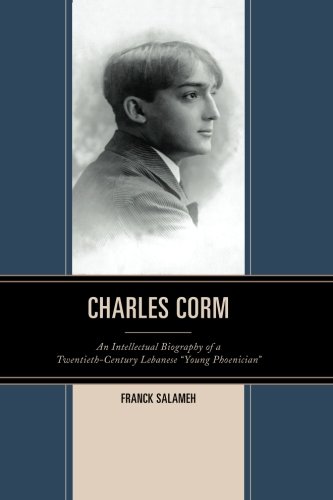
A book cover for Charles Corm: An Intellectual Biography of a Twentieth-Century Lebanese "Young Phoenician" (The Levant and Near East: A Multidisciplinary Book Series); Franck Salameh; Biographies & Memoirs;